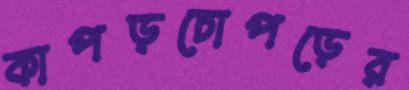
কাপড়চোপড়ের